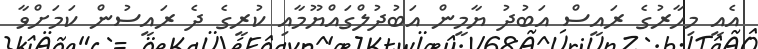
އެއީ މިހާރުގެ ރައީސް އަބުދު ޔާމީން އަބުދުލްގައްޔޫމާއި ކުރީގެ ދެ ރައީސުން ކަމަށްވާ